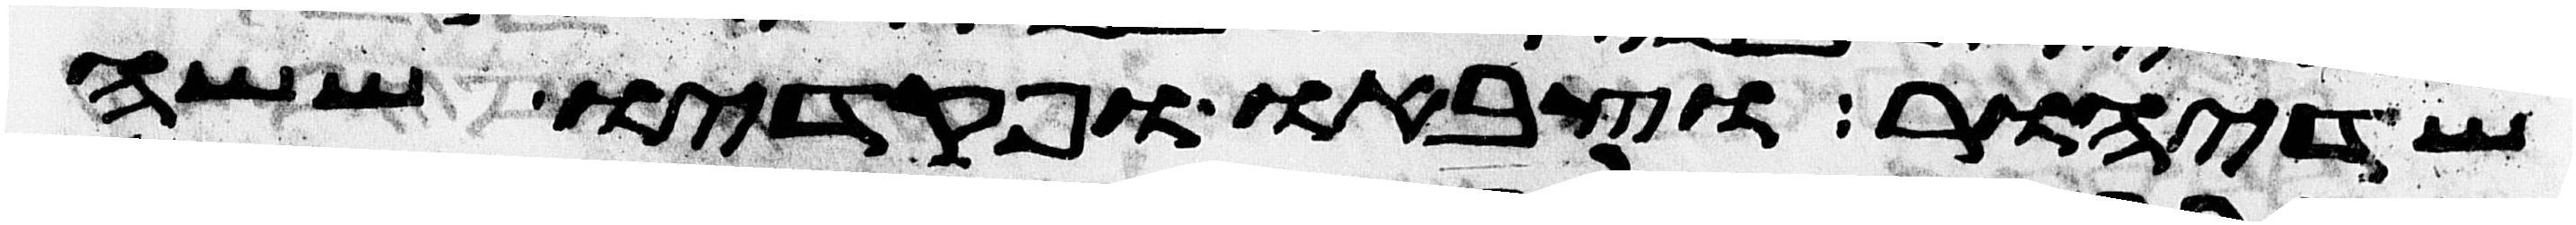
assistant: שדיאור וצבאו ופקדיו ששה